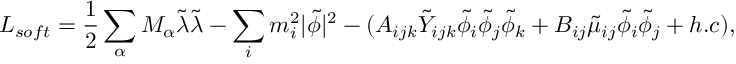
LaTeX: L _ { s o f t } = \frac { 1 } { 2 } \sum _ { \alpha } M _ { \alpha } { \tilde { \lambda } } { \tilde { \lambda } } - \sum _ { i } m _ { i } ^ { 2 } | { \tilde { \phi } } | ^ { 2 } - ( A _ { i j k } { \tilde { Y } } _ { i j k } { \tilde { \phi } } _ { i } { \tilde { \phi } } _ { j } { \tilde { \phi } } _ { k } + B _ { i j } { \tilde { \mu } } _ { i j } { \tilde { \phi } } _ { i } { \tilde { \phi } } _ { j } + h . c ) ,